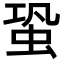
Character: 蛩